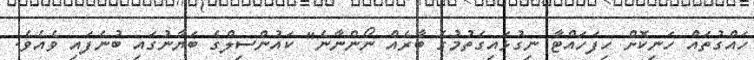
ހައްގުތައް ހަނިކޮށް ހިފަހައްޓާ ނިގުޅައިގަތުމުގެ ބާރެއް ނޯންނާނެ" ކައުންސިލްގެ ބަޔާނުގައި ބުނެފައި ވެއެވެ.